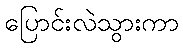
ပြောင်းလဲသွားကာ